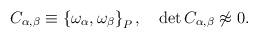
LaTeX: \begin{align*} C_{\alpha ,\beta } \equiv \left\{\omega _\alpha ,\omega _\beta \right\}_P, \quad \det C_{\alpha ,\beta }\not\approx 0.\end{align*}